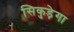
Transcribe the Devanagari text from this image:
सिकुड़ेगा